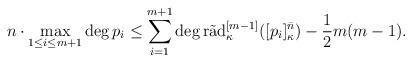
LaTeX: \begin{align*} n \cdot \max _{1\leq i \leq m+1} \deg p_{i} &\leq \sum_{i=1}^{m+1} \deg\mathrm{r\tilde{a}d}_{\kappa}^{[m-1]}([p_{i}]_{\kappa}^{\bar{n}})-\frac{1}{2}m(m-1).\end{align*}